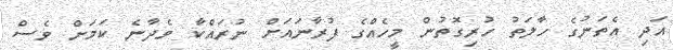
އަދި އެތަނުގެ ހާލަތު ހުރިގޮތުން މީހެއްގެ ފުރާނައަށް ނުރައްކާ ވެދާނެ ކަމަށް ވެސް